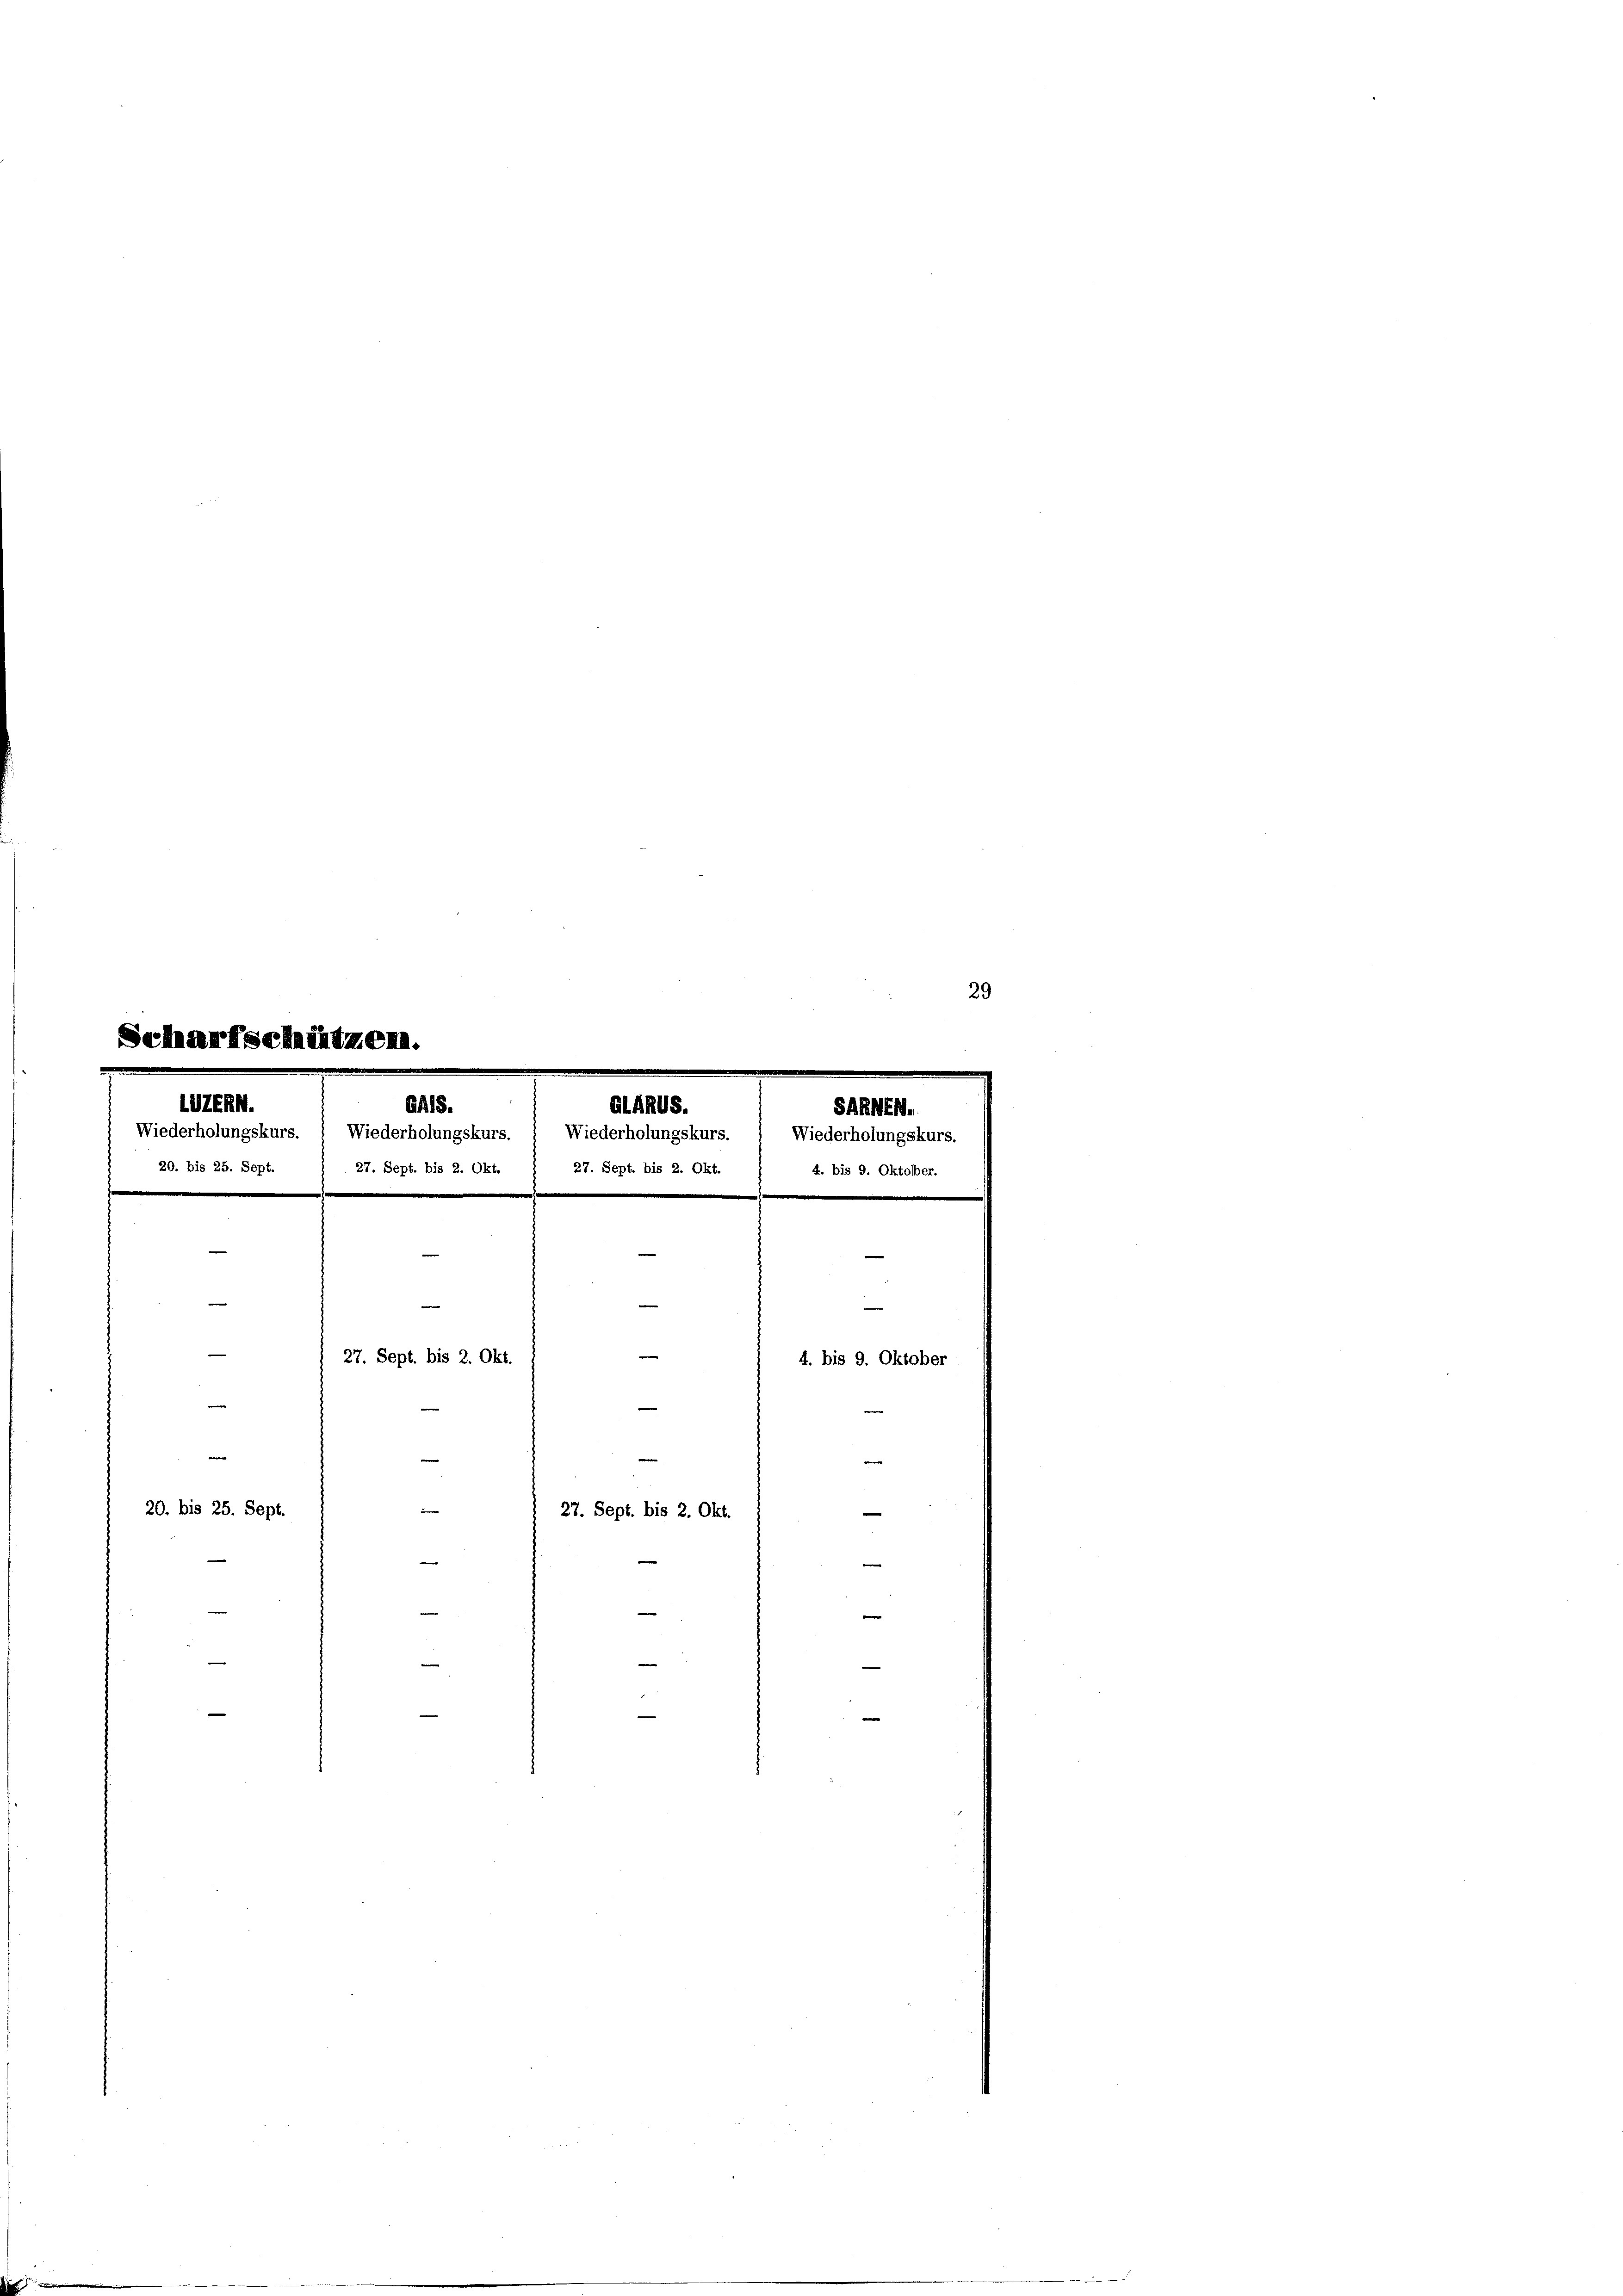
29

schützen.

LVERN.
SARNEH.
20. bis 25. Sept.
27. Sept. bis 2. Okt.
27. Sept. bis 2. Okt.
4. bis 9. Oktober.
e
.
e
e
.
e
|
e
27. Sept. bis 2. Okt.
4. bis 9. Oktober
e
e
e
20. bis 25. Sept.
e
27. Sept. bis 2. Okt.
e
e
—
weg
e

AB18.
GLARUS.
Wiederholungskurs.   Wiederholungskurs. ( Wiederholungskurs.  Wiederholungskurs.